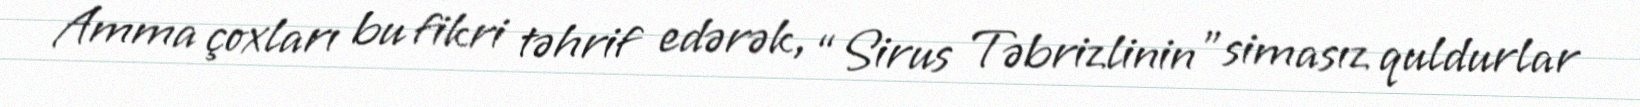
Amma çoxları bu fikri təhrif edərək, “Sirus Təbrizlinin ”simasız quldurlar